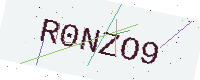
Text: R0NZO9